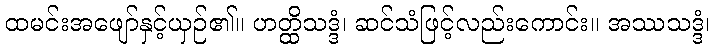
ထမင်းအဖျော်နှင့်ယှဉ်၏။ ဟတ္ထိသဒ္ဒံ၊ ဆင်သံဖြင့်လည်းကောင်း။ အဿသဒ္ဒံ၊